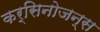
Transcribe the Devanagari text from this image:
कर्सिनोजन्स